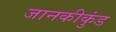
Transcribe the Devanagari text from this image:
जानकीकुंड